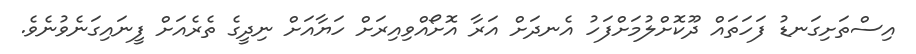
އިސްތަށިގަނޑު ފަހަތައް ދޫކޮށްލުމަށްފަހު އެނދަށް އަރާ އޮށޯއްވިއިރަށް ހަޔާއަށް ނިދީގެ ތެރެއަށް ފީނައިގަނެވުނެވެ.